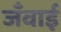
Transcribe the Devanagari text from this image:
जँवाई